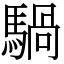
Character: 騧